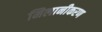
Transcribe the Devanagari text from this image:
मिलानीकरण